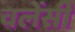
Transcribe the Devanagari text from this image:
वलेंसी